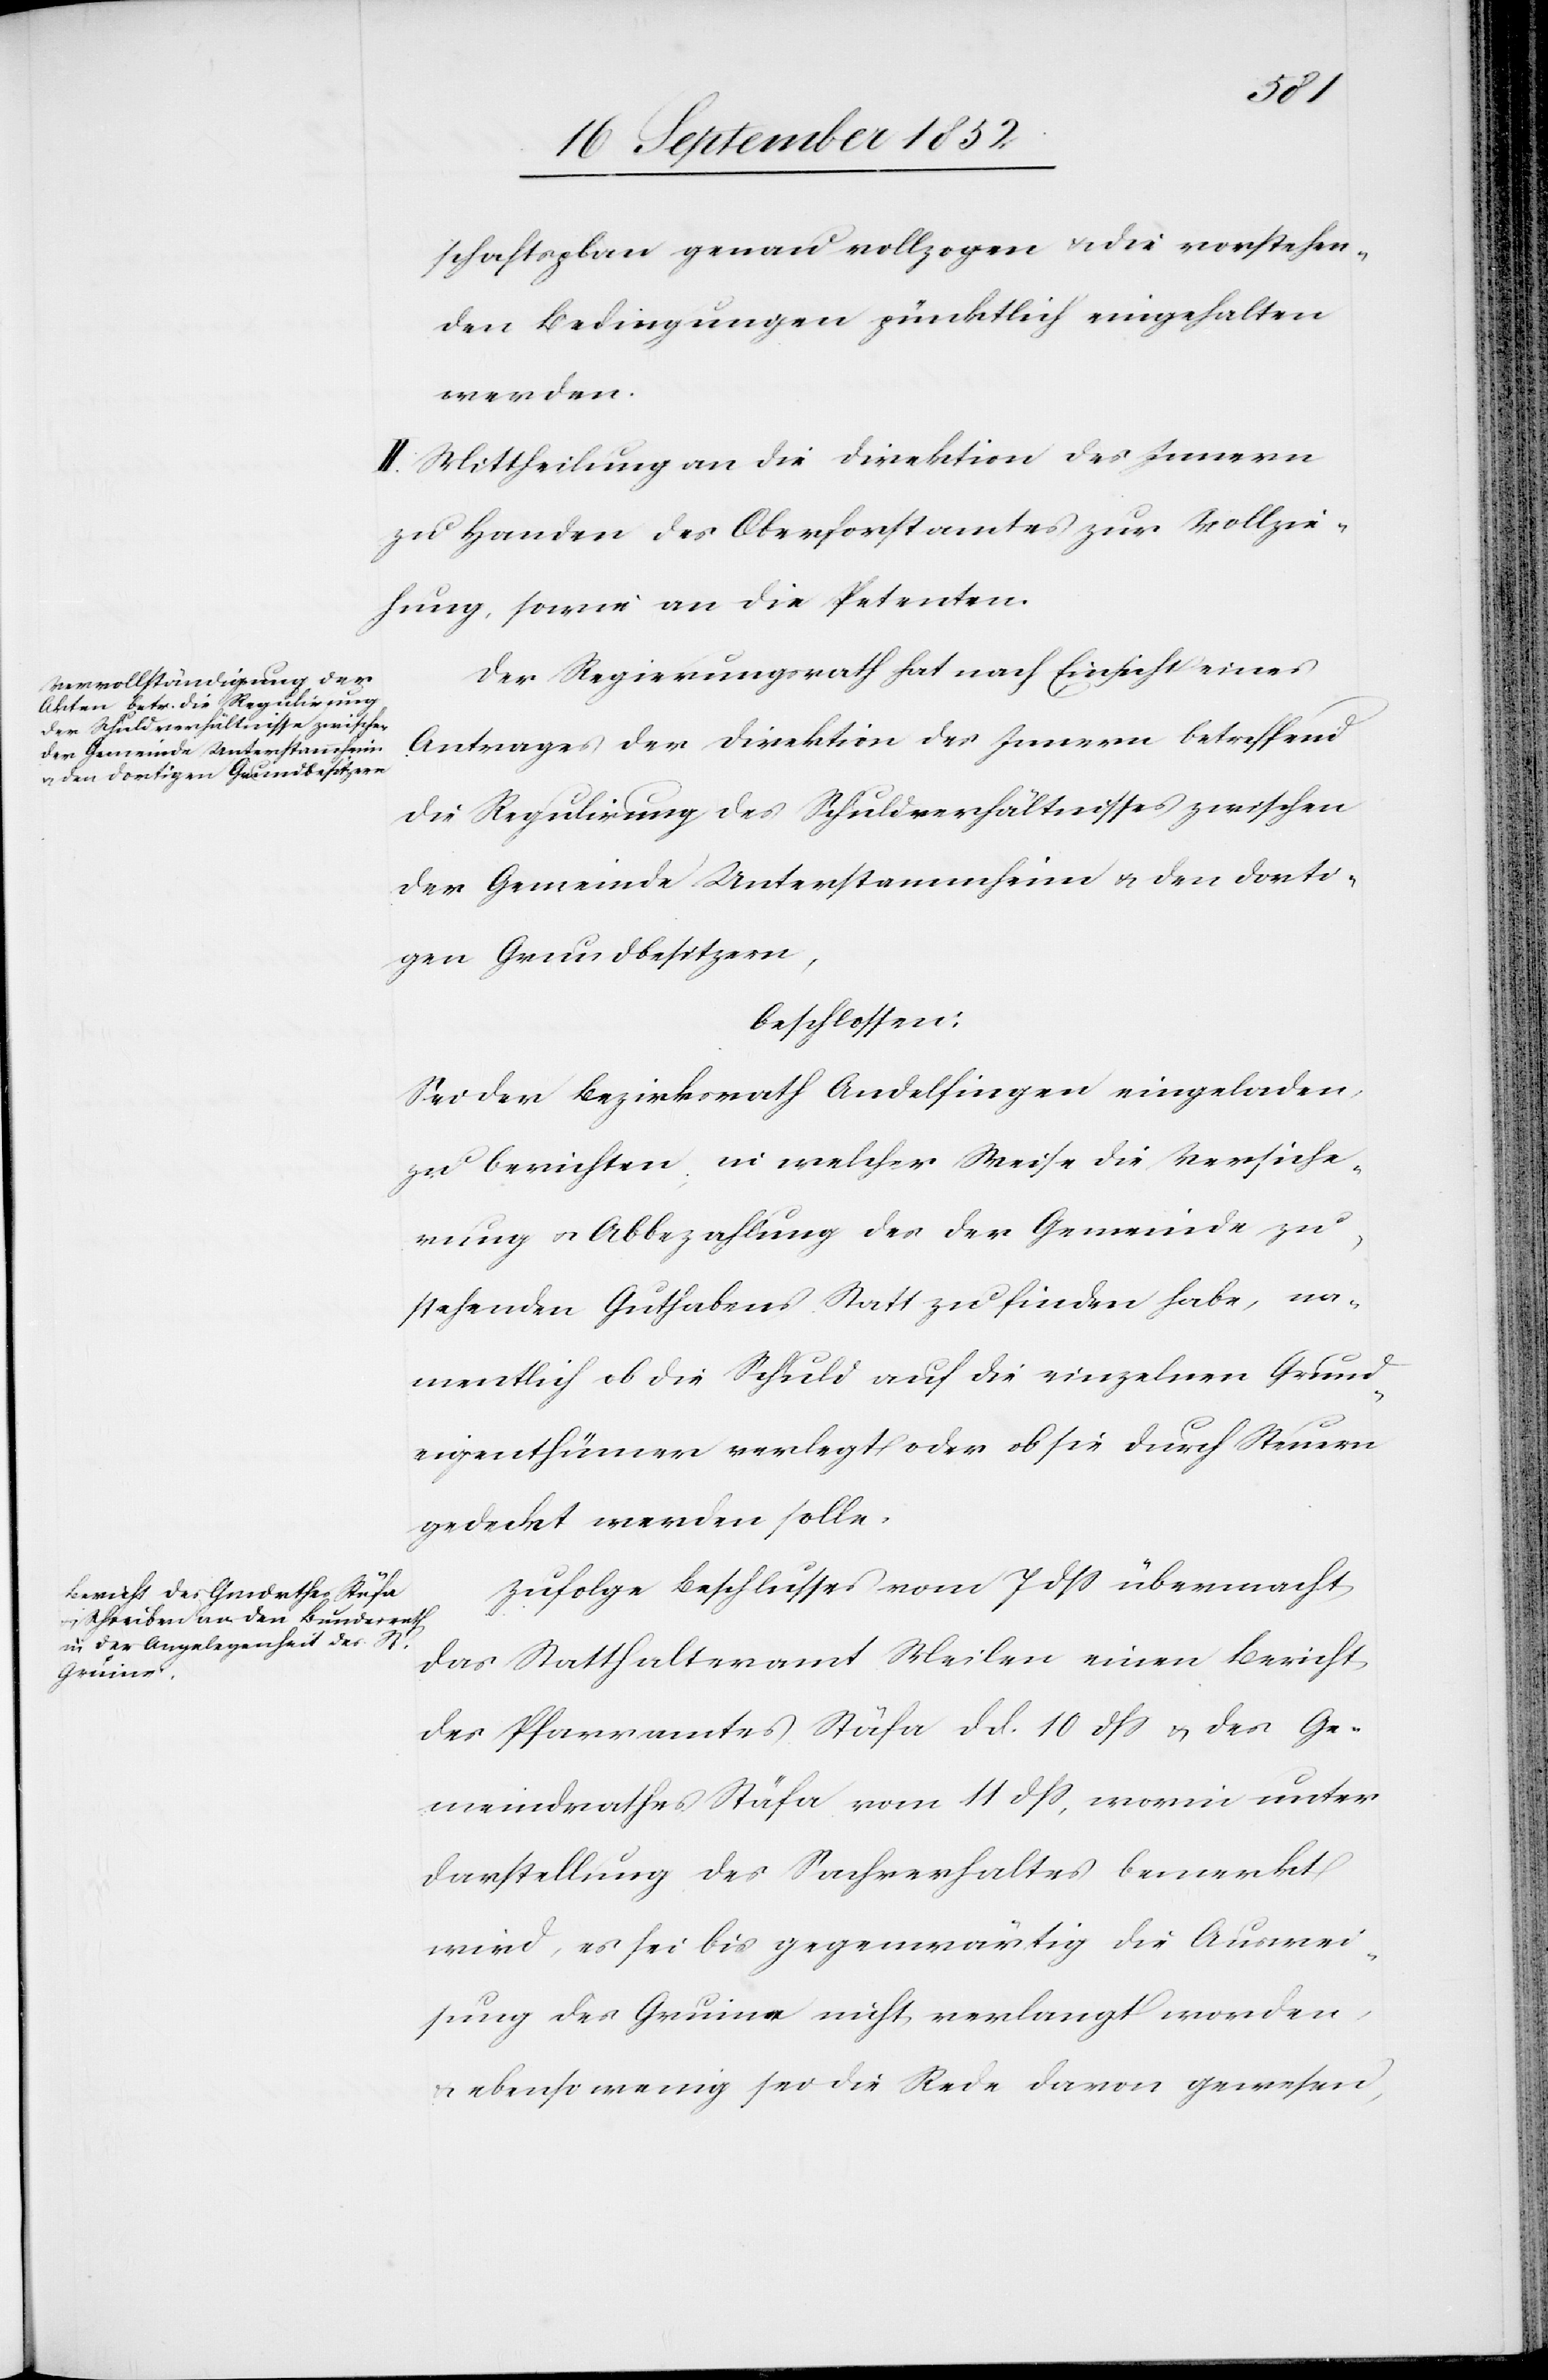
schaftsplan genau vollzogen & die vorstehen¬
den Bedingungen pünktlich eingehalten
werden.
II. Mittheilung an die Direktion des Innern
zu Handen des Oberforstamtes zur Vollzie¬
hung, sowie an die Petenten.
Der Regierungsrath hat nach Einsicht eines
Antrages der Direktion des Innern betreffend
die Regulirung des Schuldverhältnisses zwischen
der Gemeinde Unterstammheim & den dorti¬
gen Grundbesitzern,
beschlossen:
Sei der Bezirksrath Andelfingen eingeladen,
zu berichten, in welcher Weise die Versiche¬
rung & Abbezahlung des der Gemeinde zu¬
stehenden Guthabens Statt zu finden habe, na¬
mentlich ob die Schuld auf die einzelnen Grund¬
eigenthümer verlegt oder ob sie durch Steuern
gedeckt werden solle.
Zufolge Beschlusses vom 7 dss übermacht
das Statthalteramt Meilen einen Bericht
des Pfarramtes Stäfa d d. 10 dss & des Ge¬
meindrathes Stäfa vom 11 dss, worin unter
Darstellung des Sachverhaltes bemerkt
wird, es sei bis gegenwärtig die Auswei¬
sung des Gruine nicht verlangt worden,
ebenso wenig sei die Rede davon gewesen,